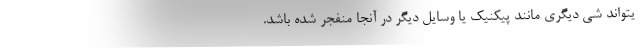
یتواند شی دیگری مانند پیکنیک یا وسایل دیگر در آنجا منفجر شده باشد.